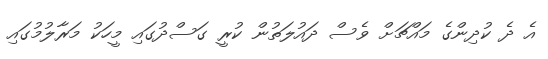
އެ ދެ ކުދިންގެ މައްޗަށް ވެސް ދައުލަތުން ކުރީ ގަސްދުގައި މީހަކު މަރާލުމުގައި